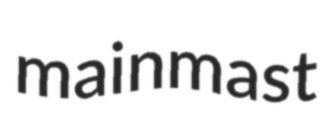
mainmast